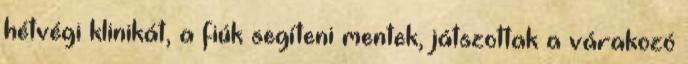
hétvégi klinikát, a fiúk segíteni mentek, játszottak a várakozó